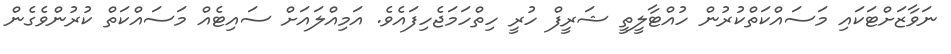
ނަވާޒަށްޓަކައި މަސައްކަތްކުރުން ހުއްޓާލީތީ ޝަރީފް ހުރީ ހިތްހަމަޖެހިފައެވެ. އަމިއްލައަށް ސައިޓެއް މަސައްކަތް ކުރުންވެގެން